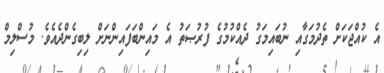
އެ ކުއްޖަކަށް ތެދުމަގާއި ނުބައިމަގު ދެއްކުމުގެ ފުރުޞަތު އެ މައިންބަފައިންނަށް ލިބިގެންދެއެވެ. މުސްލިމް